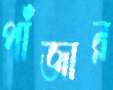
পাঁজার